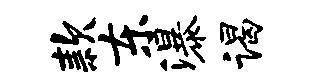
款东瀑谒